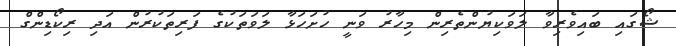
ޝޯގައި ބައިވެރިވާ ލަވަކިޔުުންތެރިން މިހާރު ވަނީ ހުށަހަޅާ ލަވަތަކުގެ ފަރިތަކުރުން އަދި ރިކޯޑިންގް